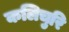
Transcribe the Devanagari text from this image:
कलिचुरि